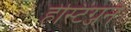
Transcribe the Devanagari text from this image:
हेस्टिंग्जने